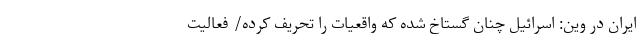
ایران در وین: اسرائیل چنان گستاخ شده که واقعیات را تحریف کرده/ فعالیت